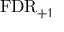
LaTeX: \mathrm { F D R } _ { + 1 }